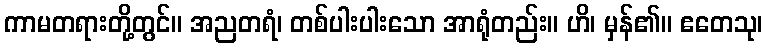
ကာမတရားတို့တွင်။ အညတရံ၊ တစ်ပါးပါးသော အာရုံတည်း။ ဟိ၊ မှန်၏။ ဧတေသု၊